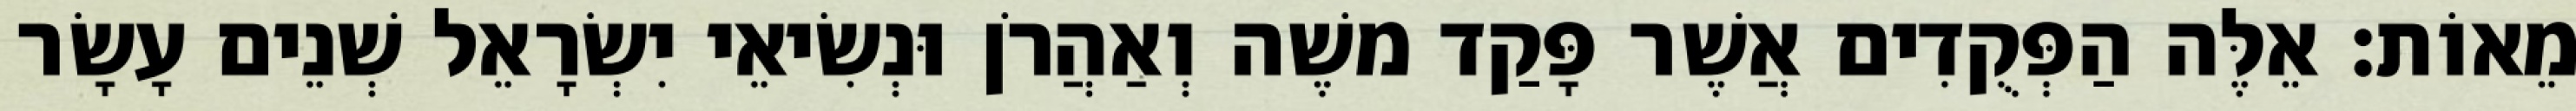
מֵאוֹת׃ אֵלֶּה הַפְּקֻדִים אֲשֶׁר פָּקַד משֶׁה וְאַהֲרֹן וּנְשִׂיאֵי יִשְׂרָאֵל שְׁנֵים עָשָׂר